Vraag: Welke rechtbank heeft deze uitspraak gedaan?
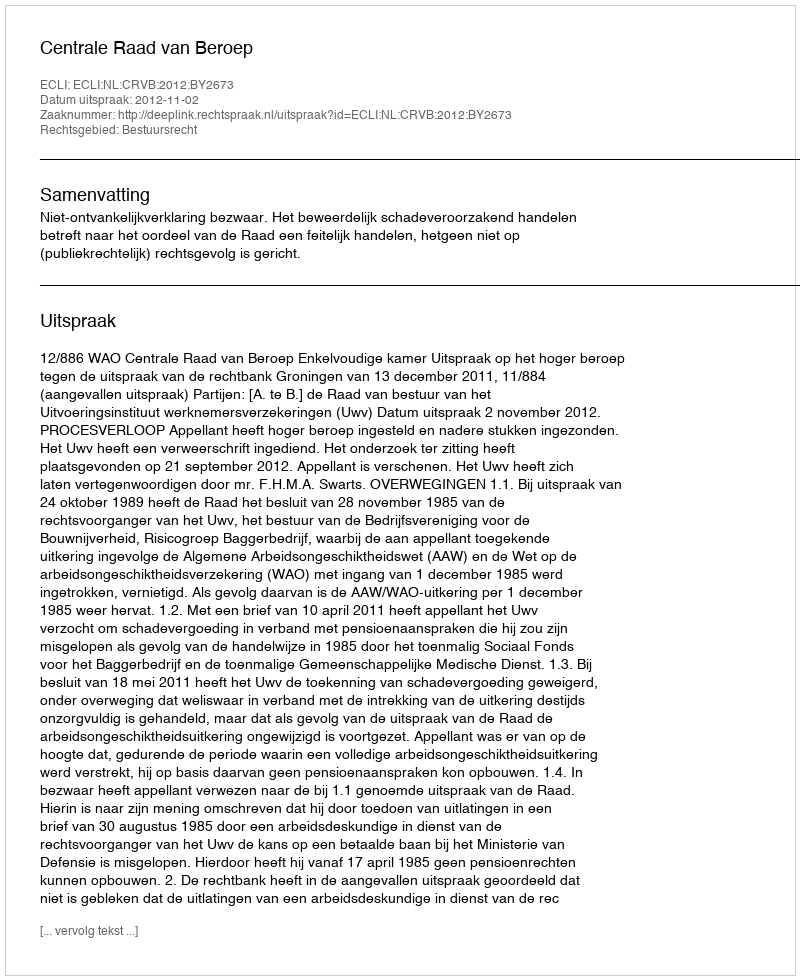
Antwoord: Centrale Raad van Beroep